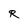
Character: R